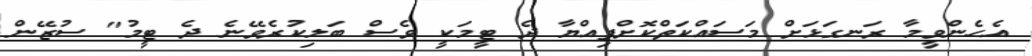
އެހެންވީމާ ރަނގަޅަށް މަސައްކަތްކޮށްފިއްޔާ ދެ ޓީމަކީ ވެސް ބަލިކުރެވޭނެ ދެ ޓީމު" ސުޒޭން